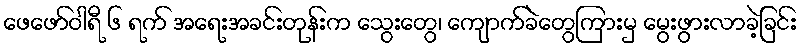
ဖေဖော်ဝါရီ ၆ ရက် အရေးအခင်းတုန်းက သွေးတွေ၊ ကျောက်ခဲတွေကြားမှ မွေးဖွားလာခဲ့ခြင်း